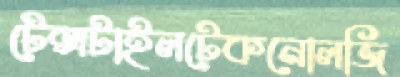
টেক্সটাইলটেকনোলজি